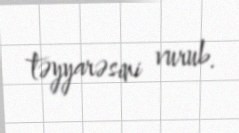
təyyarəsini vurub.